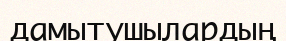
дамытушылардың